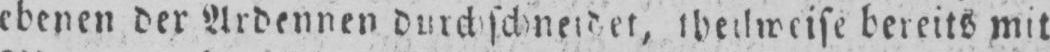
bereits mit